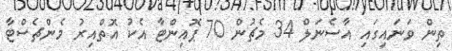
ތިން ވަނައިގައި އާސެނަލް 34 މެޗުން 70 ޕޮއިންޓާ އެކު އޮތްއިރު މެންޗެސްޓާ